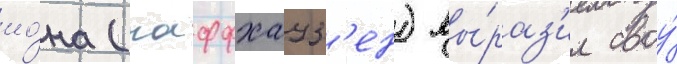
ио́на (паффхауз'ен) вы́раз'ил своу́